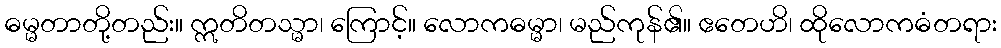
ဓမ္မတာတို့တည်း။ ဣတိတသ္မာ၊ ကြောင့်။ လောကဓမ္မာ၊ မည်ကုန်၏။ ဧတေဟိ၊ ထိုလောကဓံတရား